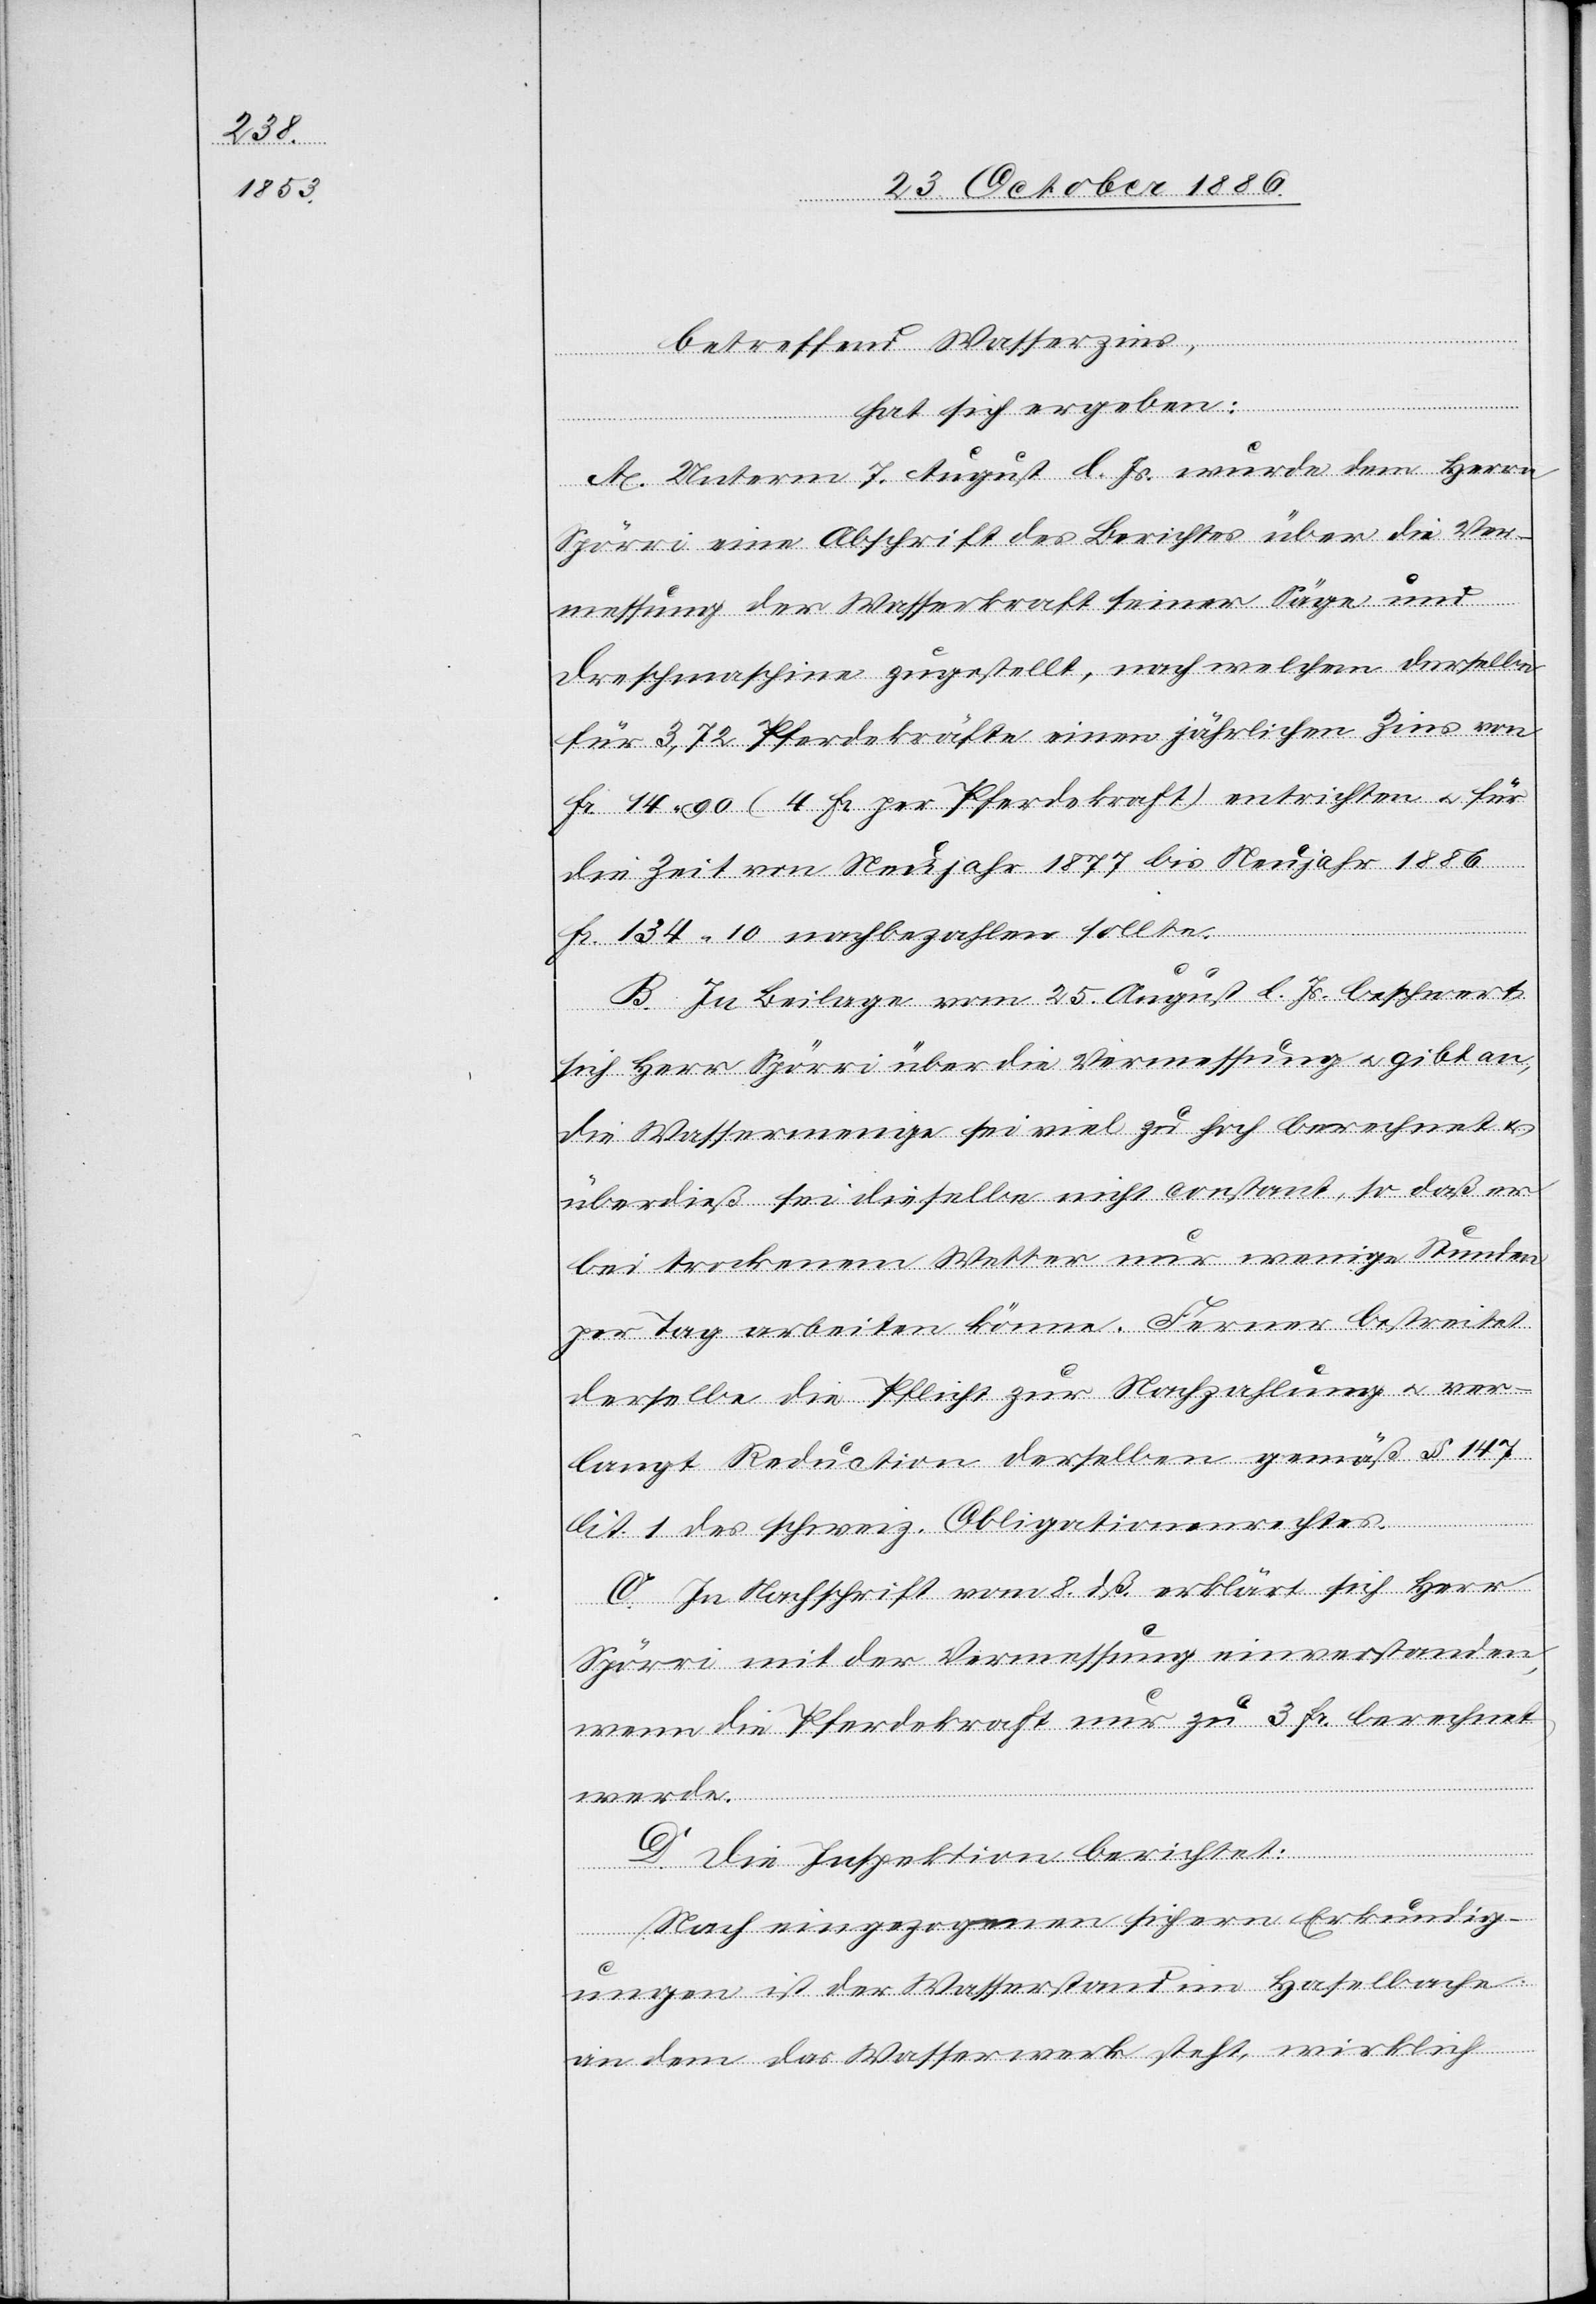
betreffend Wasserzins,
hat sich ergeben:
A. Unterm 7. August l. Js. wurde dem Herrn
Spörri eine Abschrift des Berichtes über die Ver¬
messung der Wasserkraft seiner Säge und
Dreschmaschine zugestellt, nach welchem derselbe
für 3,72 Pferdekräfte einen jährlichen Zins von
Fr. 14 90 (4 Fr. per Pferdekraft) entrichten & für
die Zeit von Neujahr 1877 bis Neujahr 1886
Fr. 134 10 nachbezahlen sollte.
B. In Beilage vom 25. August l. Js. beschwert
sich Herr Spörri über die Vermessung & gibt an,
die Wassermenge sei viel zu hoch berechnet &
überdieß sei dieselbe nicht constant, so daß er
bei trockenem Wetter nur wenige Stunden
per Tag arbeiten könne. Ferner bestreitet
derselbe die Pflicht zur Nachzahlung & ver¬
langt Reduction derselben gemäß § 147
lit. 1 des schweiz. Obligationenrechtes.
C. In Nachschrift vom 8. dß. erklärt sich Herr
Spörri mit der Vermessung einverstanden,
wenn die Pferdekraft nur zu 3 Fr. berechnet
werde.
D. Die Inspektion berichtet:
Nach eingezogenen sichern Erkundig¬
ungen ist der Wasserstand im Haselbache
an dem das Wasserwerk steht, wirklich